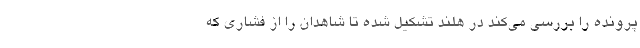
پرونده را بررسی می‌کند در هلند تشکیل شده تا شاهدان را از فشاری که